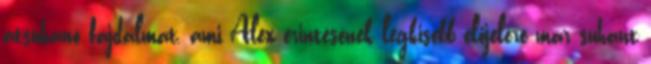
átsuhanó fájdalmat, ami Alex érintésének legkisebb előjelére már suhant